Vaccination North-Western Provinces and Oudh 1878-1895 - 1878-1895
Year: 1878
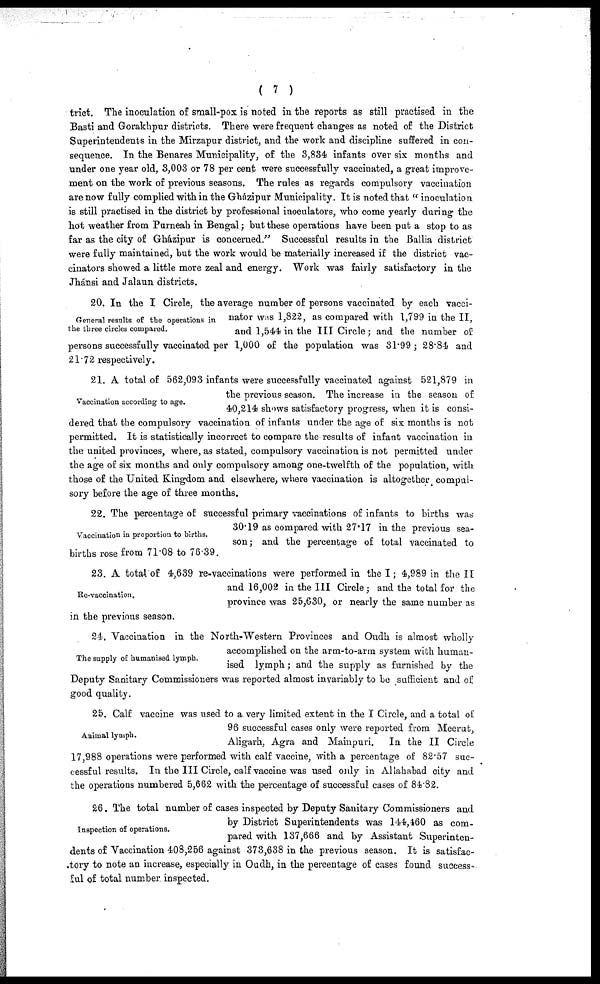
( 7 )
trict. The inoculation of small-pox is noted in the reports as still practised in the
Basti and Gorakhpur districts. There were frequent changes as noted of the District
Superintendents in the Mirzapur district, and the work and discipline suffered in con-
sequence. In the Benares Municipality, of the 3,834 infants over six months and
under one year old, 3,003 or 78 per cent were successfully vaccinated, a great improve-
ment on the work of previous seasons. The rules as regards compulsory vaccination
are now fully complied with in the Gházipur Municipality. It is noted that " inoculation
is still practised in the district by professional inoculators, who come yearly during the
hot weather from Purneah in Bengal; but these operations have been put a stop to as
far as the city of Gházipur is concerned." Successful results in the Ballia district
were fully maintained, but the work would be materially increased if the district vac¬
cinators showed a little more zeal and energy. Work was fairly satisfactory in the
Jhánsi and Jalaun districts.
General results of the operations in
the three circles compared.
20. In the I Circle, the average number of persons vaccinated by each vacci¬
nator was 1,822, as compared with 1,799 in the II,
and 1,544 in the III Circle; and the number of
persons successfully vaccinated per 1,000 of the population was 31.99; 28.84 and
21.72 respectively.
Vaccination according to age.
21. A total of 562,093 infants were successfully vaccinated against 521,879 in
the previous season. The increase in the season of
40,214 shows satisfactory progress, when it is consi-
dered that the compulsory vaccination of infants under the age of six months is not
permitted. It is statistically incorrect to compare the results of infant vaccination in
the united provinces, where, as stated, compulsory vaccination is not permitted under
the age of six months and only compulsory among one-twelfth of the population, with
those of the United Kingdom and elsewhere, where vaccination is altogether compul-
sory before the age of three months.
Vaccination in proportion to births.
22. The percentage of successful primary vaccinations of infants to births was
30.19 as compared with 27.17 in the previous sea-
son ; and the percentage of total vaccinated to
births rose from 71.08 to 76.39.
Re-vaccination.
23. A total of 4,639 re-vaccinations were performed in the I; 4,989 in the II
and 16,002 in the III Circle; and the total for the
province was 25,630, or nearly the same number as
in the previous season.
The supply of humanised lymph.
24. Vaccination in the North-Western Provinces and Oudh is almost wholly
accomplished on the arm-to-arm system with human-
ised lymph; and the supply as furnished by the
Deputy Sanitary Commissioners was reported almost invariably to be sufficient and of
good quality.
Animal lymph.
25. Calf vaccine was used to a very limited extent in the I Circle, and a total of
96 successful cases only were reported from Meerut,
Aligarh, Agra and Mainpuri.
In the II Circle
17,988 operations were performed with calf vaccine, with a percentage of 82.57 suc-
cessful results. In the III Circle, calf vaccine was used only in Allahabad city and
the operations numbered 5,662 with the percentage of successful cases of 84.82.
Inspection of operations.
26. The total number of cases inspected by Deputy Sanitary Commissioners and
by District Superintendents was 144,460 as com-
pared with 137,666 and by Assistant Superinten-
dents of Vaccination 408,256 against 373,638 in the previous season. It is satisfac-
tory to note an increase, especially in Oudh, in the percentage of cases found success-
ful of total number inspected.